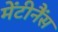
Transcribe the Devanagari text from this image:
मेंटीनैंस